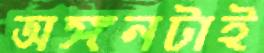
অঙ্গনটাই